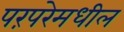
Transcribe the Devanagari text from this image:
परंपरेमधील